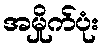
အမှိုက်ပုံး